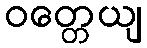
ဝတ္တေယျ